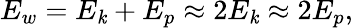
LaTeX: E_{w}=E_{\mathit{k}}+E_{p}\approx2E_{\mathit{k}}\approx2E_{p},